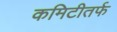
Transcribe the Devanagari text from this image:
कमिटीतर्फ